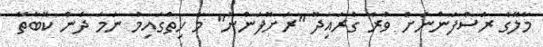
މާލޭގެ ރަސްފަންނަށް ވުރެ ގުރައިދޫ "ރަށޮފަންނު" މާ ހިތްގައިމު ނަމަ ދެން ކޮބާތޭ